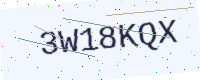
Text: 3W18KQX